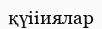
қүііиялар